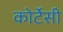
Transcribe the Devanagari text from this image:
कोर्टेसी